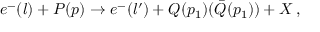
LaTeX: e ^ { - } ( l ) + P ( p ) \rightarrow e ^ { - } ( l ^ { \prime } ) + Q ( p _ { 1 } ) ( \bar { Q } ( p _ { 1 } ) ) + X \, ,